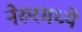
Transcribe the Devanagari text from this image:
नेरुरमध्ये